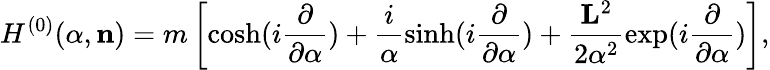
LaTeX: H^{(0)}({\alpha},{\mathbf n})=m\left[\cosh(i\frac{\partial}{{\partial}{\alpha}})+\frac{i}{{\alpha}}\sinh(i\frac{\partial}{{\partial}{\alpha}})+\frac{{\mathbf L}^{2}}{2{\alpha}^{2}}\exp(i\frac{\partial}{{\partial}{\alpha}})\right],